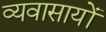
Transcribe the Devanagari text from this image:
व्यवासायों